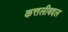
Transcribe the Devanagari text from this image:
कत्तलीबद्दल